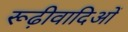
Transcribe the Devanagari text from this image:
रूढ़ीवादिओं